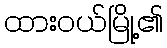
ထားဝယ်မြို့၏